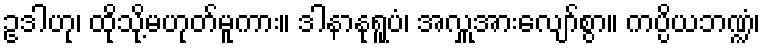
ဥဒါဟု၊ ထိုသို့မဟုတ်မူကား။ ဒါနာနုရူပံ၊ အလှူအားလျော်စွာ။ ကပ္ပိယဘဏ္ဍံ၊